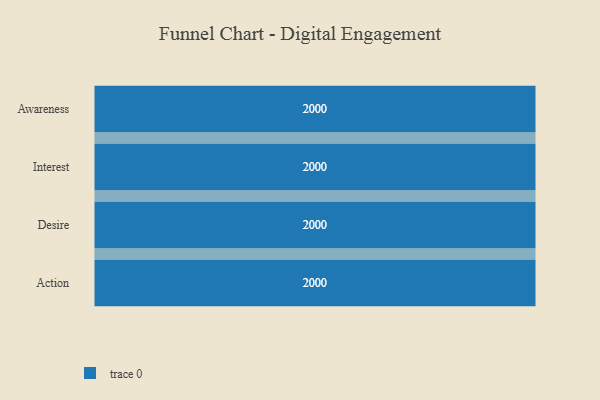
{"axis": {"x": "Stage", "y": "Value"}, "legend": [""], "data": [{"x": "Awareness", "y": 2000, "type": ""}, {"x": "Interest", "y": 2000, "type": ""}, {"x": "Desire", "y": 2000, "type": ""}, {"x": "Action", "y": 2000, "type": ""}]}